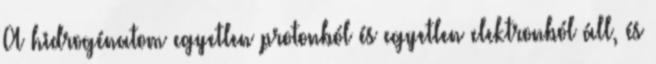
A hidrogénatom egyetlen protonból és egyetlen elektronból áll, és